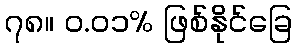
၇၈။ ၀.၀၁% ဖြစ်နိုင်ခြေ